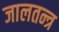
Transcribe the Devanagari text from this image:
जालतन्त्र